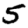
Digit: 5